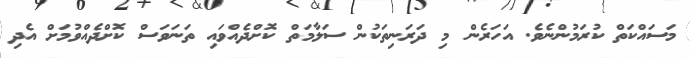
މަސައްކަތް ކުރަމުންނެވެ. އަހަރެން މި ދަރަނިތަކުން ސަލާމަތް ކޮށްދެއްވައި ތަނަވަސް ކޮށްދެއްވުމަށް އެދި